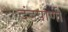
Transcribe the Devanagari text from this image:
दंडपाणी